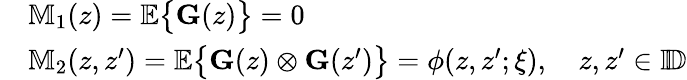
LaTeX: \begin{array}{rl}&{\mathbb{M}_{1}(z)=\mathbb{E}\big\lbrace{\mathbf{G}}(z)\big\rbrace=0}\\ &{\mathbb{M}_{2}(z,z^{\prime})=\mathbb{E}\big\lbrace{\mathbf{G}}(z)\otimes{\mathbf{G}}(z^{\prime})\big\rbrace=\phi(z,z^{\prime};\xi),~~~~z,z^{\prime}\in\mathbb{I\! D}}\end{array}